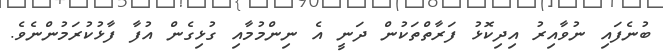
ބުނެފައި ނުވާއިރު އިދިކޮޅު ފަރާތްތަކުން ދަނީ އެ ނިންމުމާއި ގުޅިގެން އުފާ ފާޅުކުރަމުންނެވެ.